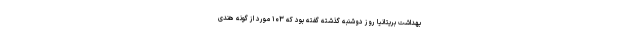
بهداشت بریتانیا روز دوشنبه گذشته گفته بود که ۱۰۳ مورد از گونه هندی